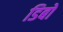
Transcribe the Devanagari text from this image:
डिबों